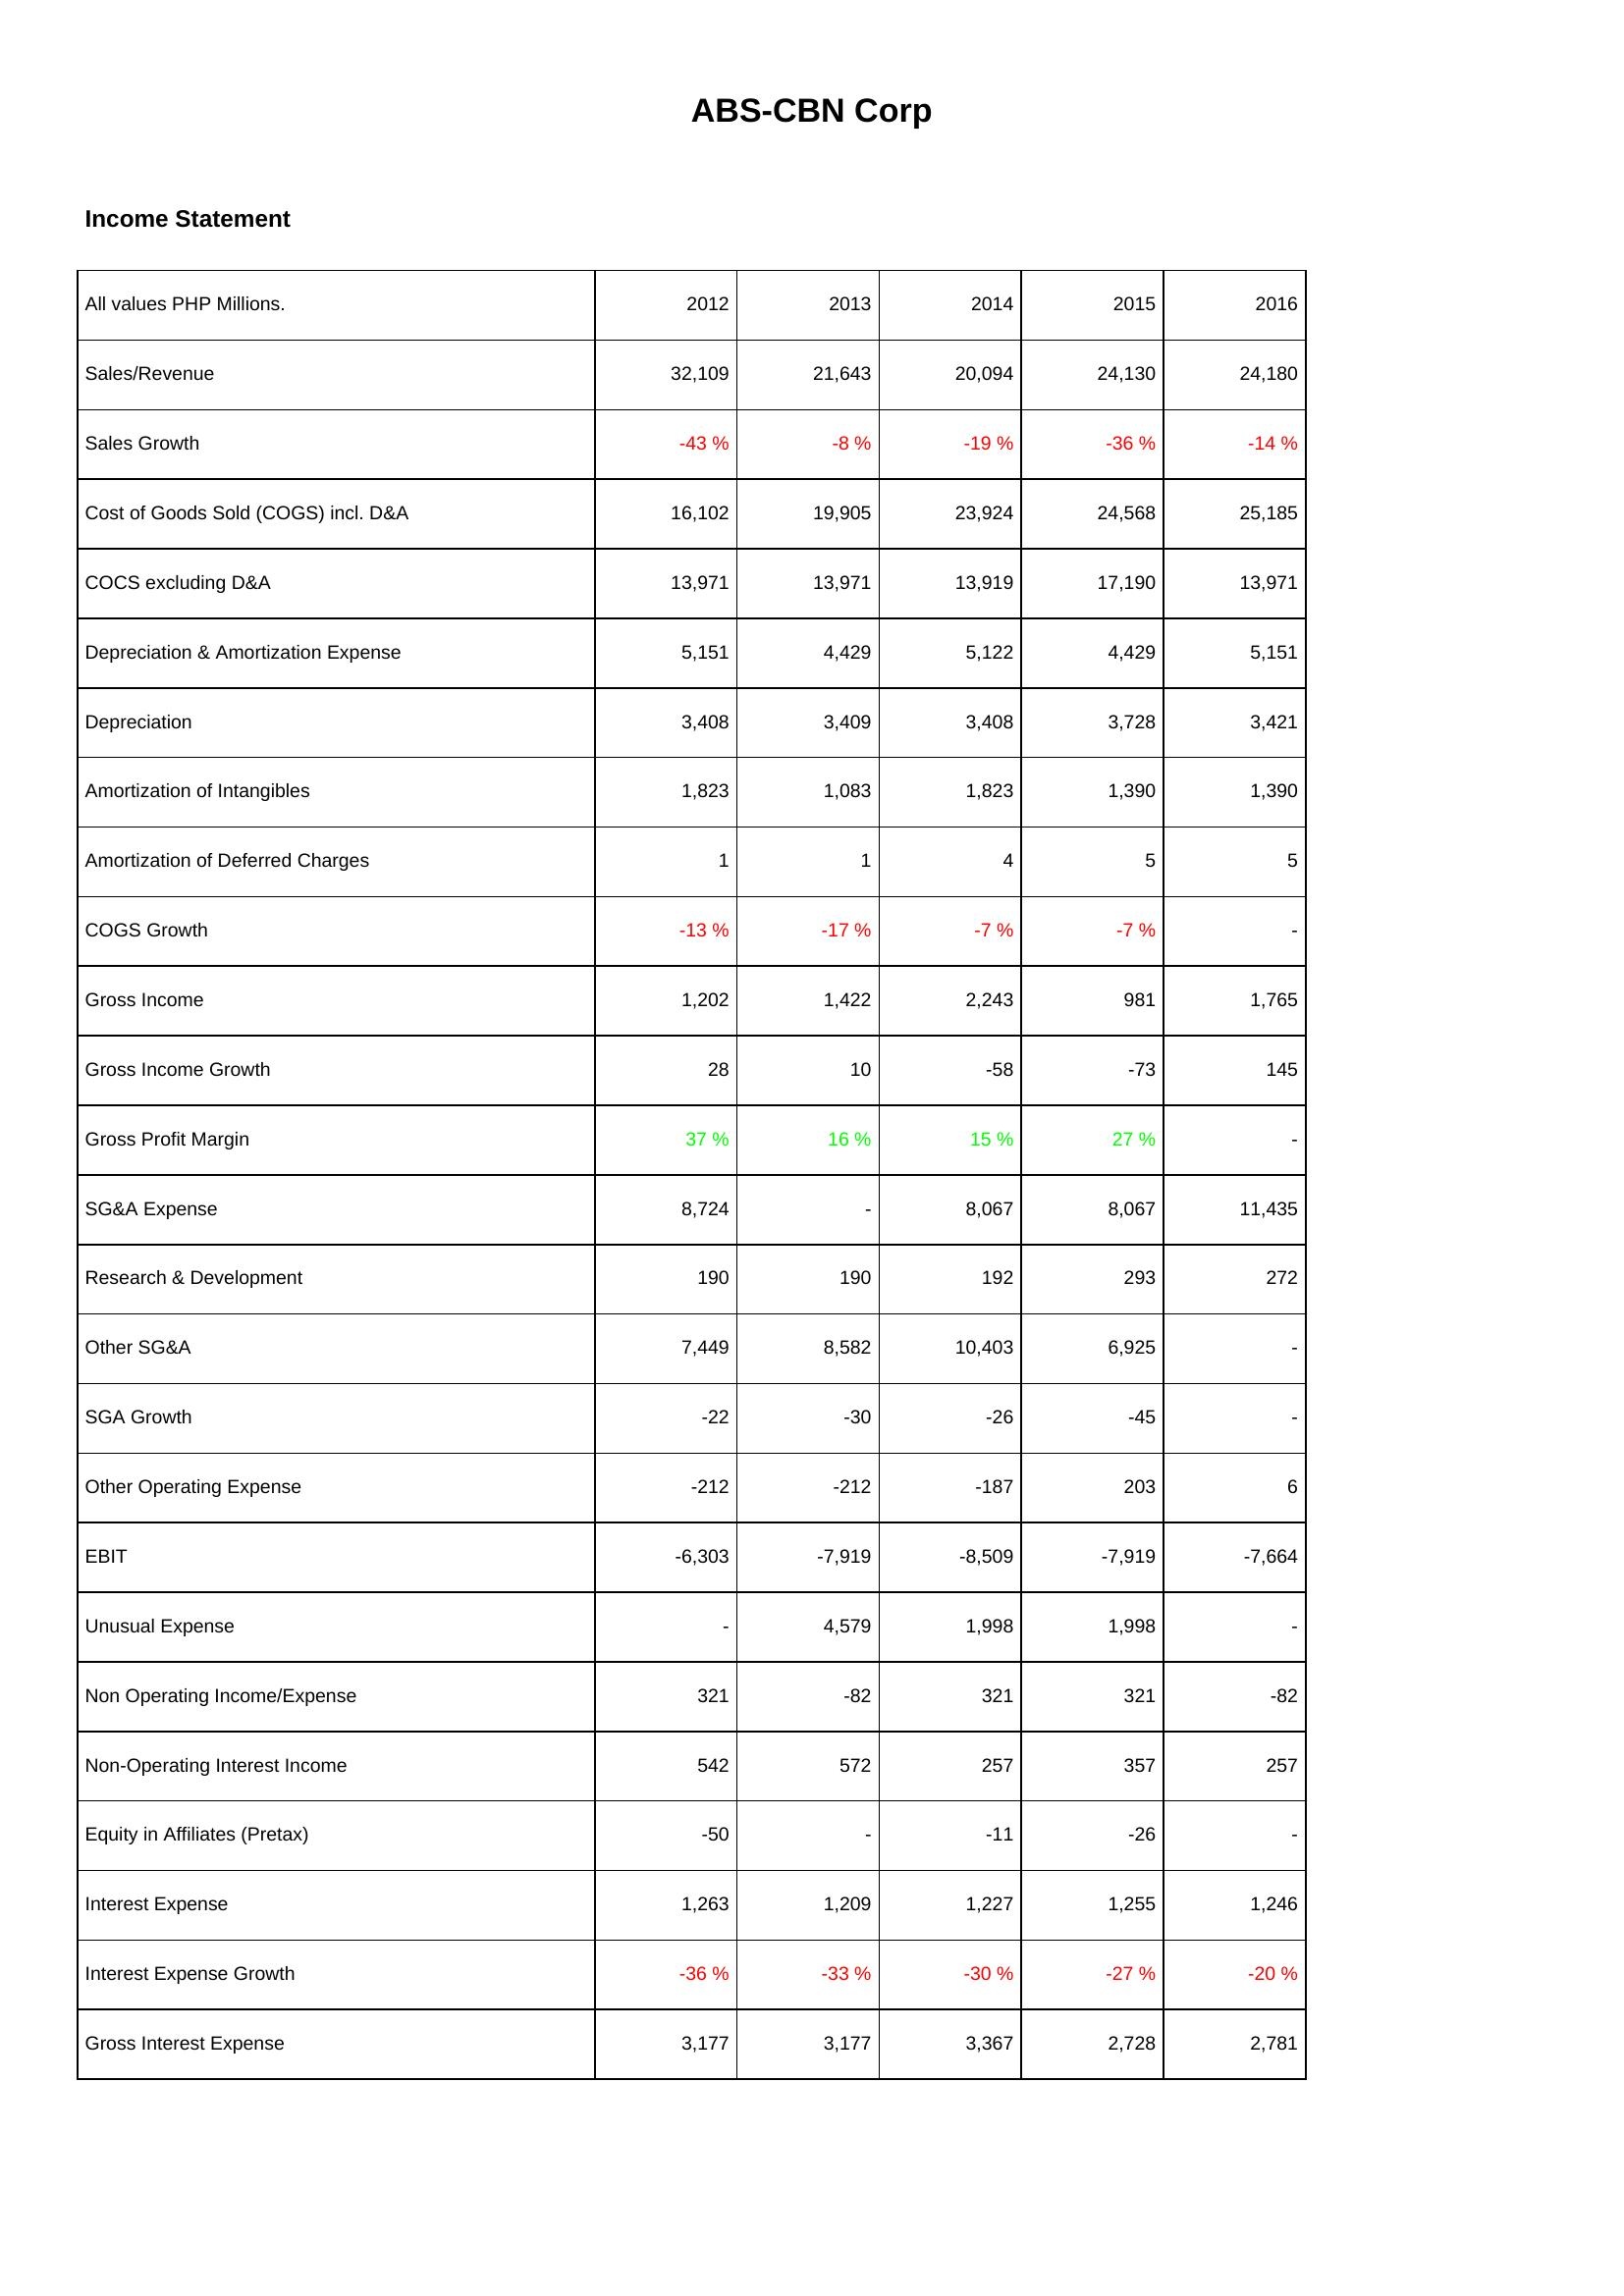
2012: Income Statement: Sales/Revenue: 32,109
Sales Growth: -43 %
Cost of Goods Sold (COGS) incl. D&A: 16,102
COCS excluding D&A: 13,971
Depreciation & Amortization Expense: 5,151
Depreciation: 3,408
Amortization of Intangibles: 1,823
Amortization of Deferred Charges: 1
COGS Growth: -13 %
Gross Income: 1,202
Gross Income Growth: 28
Gross Profit Margin: 37 %
SG&A Expense: 8,724
Research & Development: 190
Other SG&A: 7,449
SGA Growth: -22
Other Operating Expense: -212
EBIT: -6,303
Unusual Expense: -
Non Operating Income/Expense: 321
Non-Operating Interest Income: 542
Equity in Affiliates (Pretax): -50
Interest Expense: 1,263
Interest Expense Growth: -36 %
Gross Interest Expense: 3,177
2013: Income Statement: Sales/Revenue: 21,643
Sales Growth: -8 %
Cost of Goods Sold (COGS) incl. D&A: 19,905
COCS excluding D&A: 13,971
Depreciation & Amortization Expense: 4,429
Depreciation: 3,409
Amortization of Intangibles: 1,083
Amortization of Deferred Charges: 1
COGS Growth: -17 %
Gross Income: 1,422
Gross Income Growth: 10
Gross Profit Margin: 16 %
SG&A Expense: -
Research & Development: 190
Other SG&A: 8,582
SGA Growth: -30
Other Operating Expense: -212
EBIT: -7,919
Unusual Expense: 4,579
Non Operating Income/Expense: -82
Non-Operating Interest Income: 572
Equity in Affiliates (Pretax): -
Interest Expense: 1,209
Interest Expense Growth: -33 %
Gross Interest Expense: 3,177
2014: Income Statement: Sales/Revenue: 20,094
Sales Growth: -19 %
Cost of Goods Sold (COGS) incl. D&A: 23,924
COCS excluding D&A: 13,919
Depreciation & Amortization Expense: 5,122
Depreciation: 3,408
Amortization of Intangibles: 1,823
Amortization of Deferred Charges: 4
COGS Growth: -7 %
Gross Income: 2,243
Gross Income Growth: -58
Gross Profit Margin: 15 %
SG&A Expense: 8,067
Research & Development: 192
Other SG&A: 10,403
SGA Growth: -26
Other Operating Expense: -187
EBIT: -8,509
Unusual Expense: 1,998
Non Operating Income/Expense: 321
Non-Operating Interest Income: 257
Equity in Affiliates (Pretax): -11
Interest Expense: 1,227
Interest Expense Growth: -30 %
Gross Interest Expense: 3,367
2015: Income Statement: Sales/Revenue: 24,130
Sales Growth: -36 %
Cost of Goods Sold (COGS) incl. D&A: 24,568
COCS excluding D&A: 17,190
Depreciation & Amortization Expense: 4,429
Depreciation: 3,728
Amortization of Intangibles: 1,390
Amortization of Deferred Charges: 5
COGS Growth: -7 %
Gross Income: 981
Gross Income Growth: -73
Gross Profit Margin: 27 %
SG&A Expense: 8,067
Research & Development: 293
Other SG&A: 6,925
SGA Growth: -45
Other Operating Expense: 203
EBIT: -7,919
Unusual Expense: 1,998
Non Operating Income/Expense: 321
Non-Operating Interest Income: 357
Equity in Affiliates (Pretax): -26
Interest Expense: 1,255
Interest Expense Growth: -27 %
Gross Interest Expense: 2,728
2016: Income Statement: Sales/Revenue: 24,180
Sales Growth: -14 %
Cost of Goods Sold (COGS) incl. D&A: 25,185
COCS excluding D&A: 13,971
Depreciation & Amortization Expense: 5,151
Depreciation: 3,421
Amortization of Intangibles: 1,390
Amortization of Deferred Charges: 5
COGS Growth: -
Gross Income: 1,765
Gross Income Growth: 145
Gross Profit Margin: -
SG&A Expense: 11,435
Research & Development: 272
Other SG&A: -
SGA Growth: -
Other Operating Expense: 6
EBIT: -7,664
Unusual Expense: -
Non Operating Income/Expense: -82
Non-Operating Interest Income: 257
Equity in Affiliates (Pretax): -
Interest Expense: 1,246
Interest Expense Growth: -20 %
Gross Interest Expense: 2,781